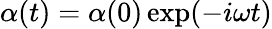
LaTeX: \alpha(t)=\alpha(0)\exp(-i\omega t)